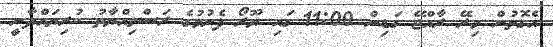
އެގޮތުން މިރޭ ރާއްޖޭ ގަޑިން 11:00 ގައި ޔޫރޯ ފެށުމުގެ ރަސްމިއްޔާތު ކުރިޔައްދާނީ